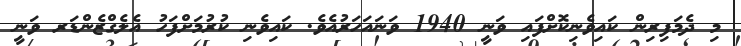
މި ދެމަފިރިން ކައިވެނިކޮށްފައި ވަނީ 1940 ވަނައަހަރުއެވެ. ކައިވެނި ކުރުމަށްފަހު އެލެގްޒެންޑަރ ވަނީ